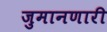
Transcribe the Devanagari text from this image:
जुमानणारी